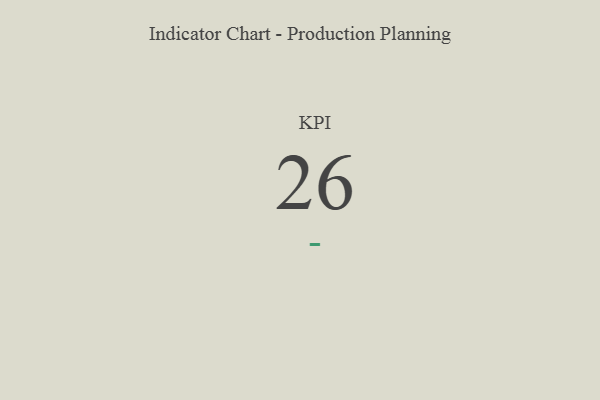
{"axis": {"x": "KPI", "y": "Value"}, "legend": [""], "data": [{"x": "KPI", "y": 26, "type": ""}]}